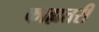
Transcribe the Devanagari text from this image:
काह्यतरी